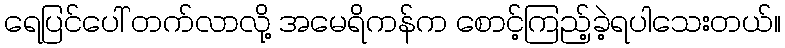
ရေပြင်ပေါ် တက်လာလို့ အမေရိကန်က စောင့်ကြည့်ခဲ့ရပါသေးတယ်။